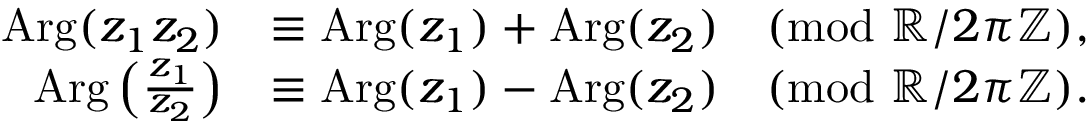
{ \begin{array} { r l } { \operatorname { A r g } ( z _ { 1 } z _ { 2 } ) } & { \equiv \operatorname { A r g } ( z _ { 1 } ) + \operatorname { A r g } ( z _ { 2 } ) { \pmod { \mathbb { R } / 2 \pi \mathbb { Z } } } , } \\ { \operatorname { A r g } \left( { \frac { z _ { 1 } } { z _ { 2 } } } \right) } & { \equiv \operatorname { A r g } ( z _ { 1 } ) - \operatorname { A r g } ( z _ { 2 } ) { \pmod { \mathbb { R } / 2 \pi \mathbb { Z } } } . } \end{array} }